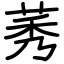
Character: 莠